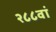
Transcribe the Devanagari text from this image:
२८८वां